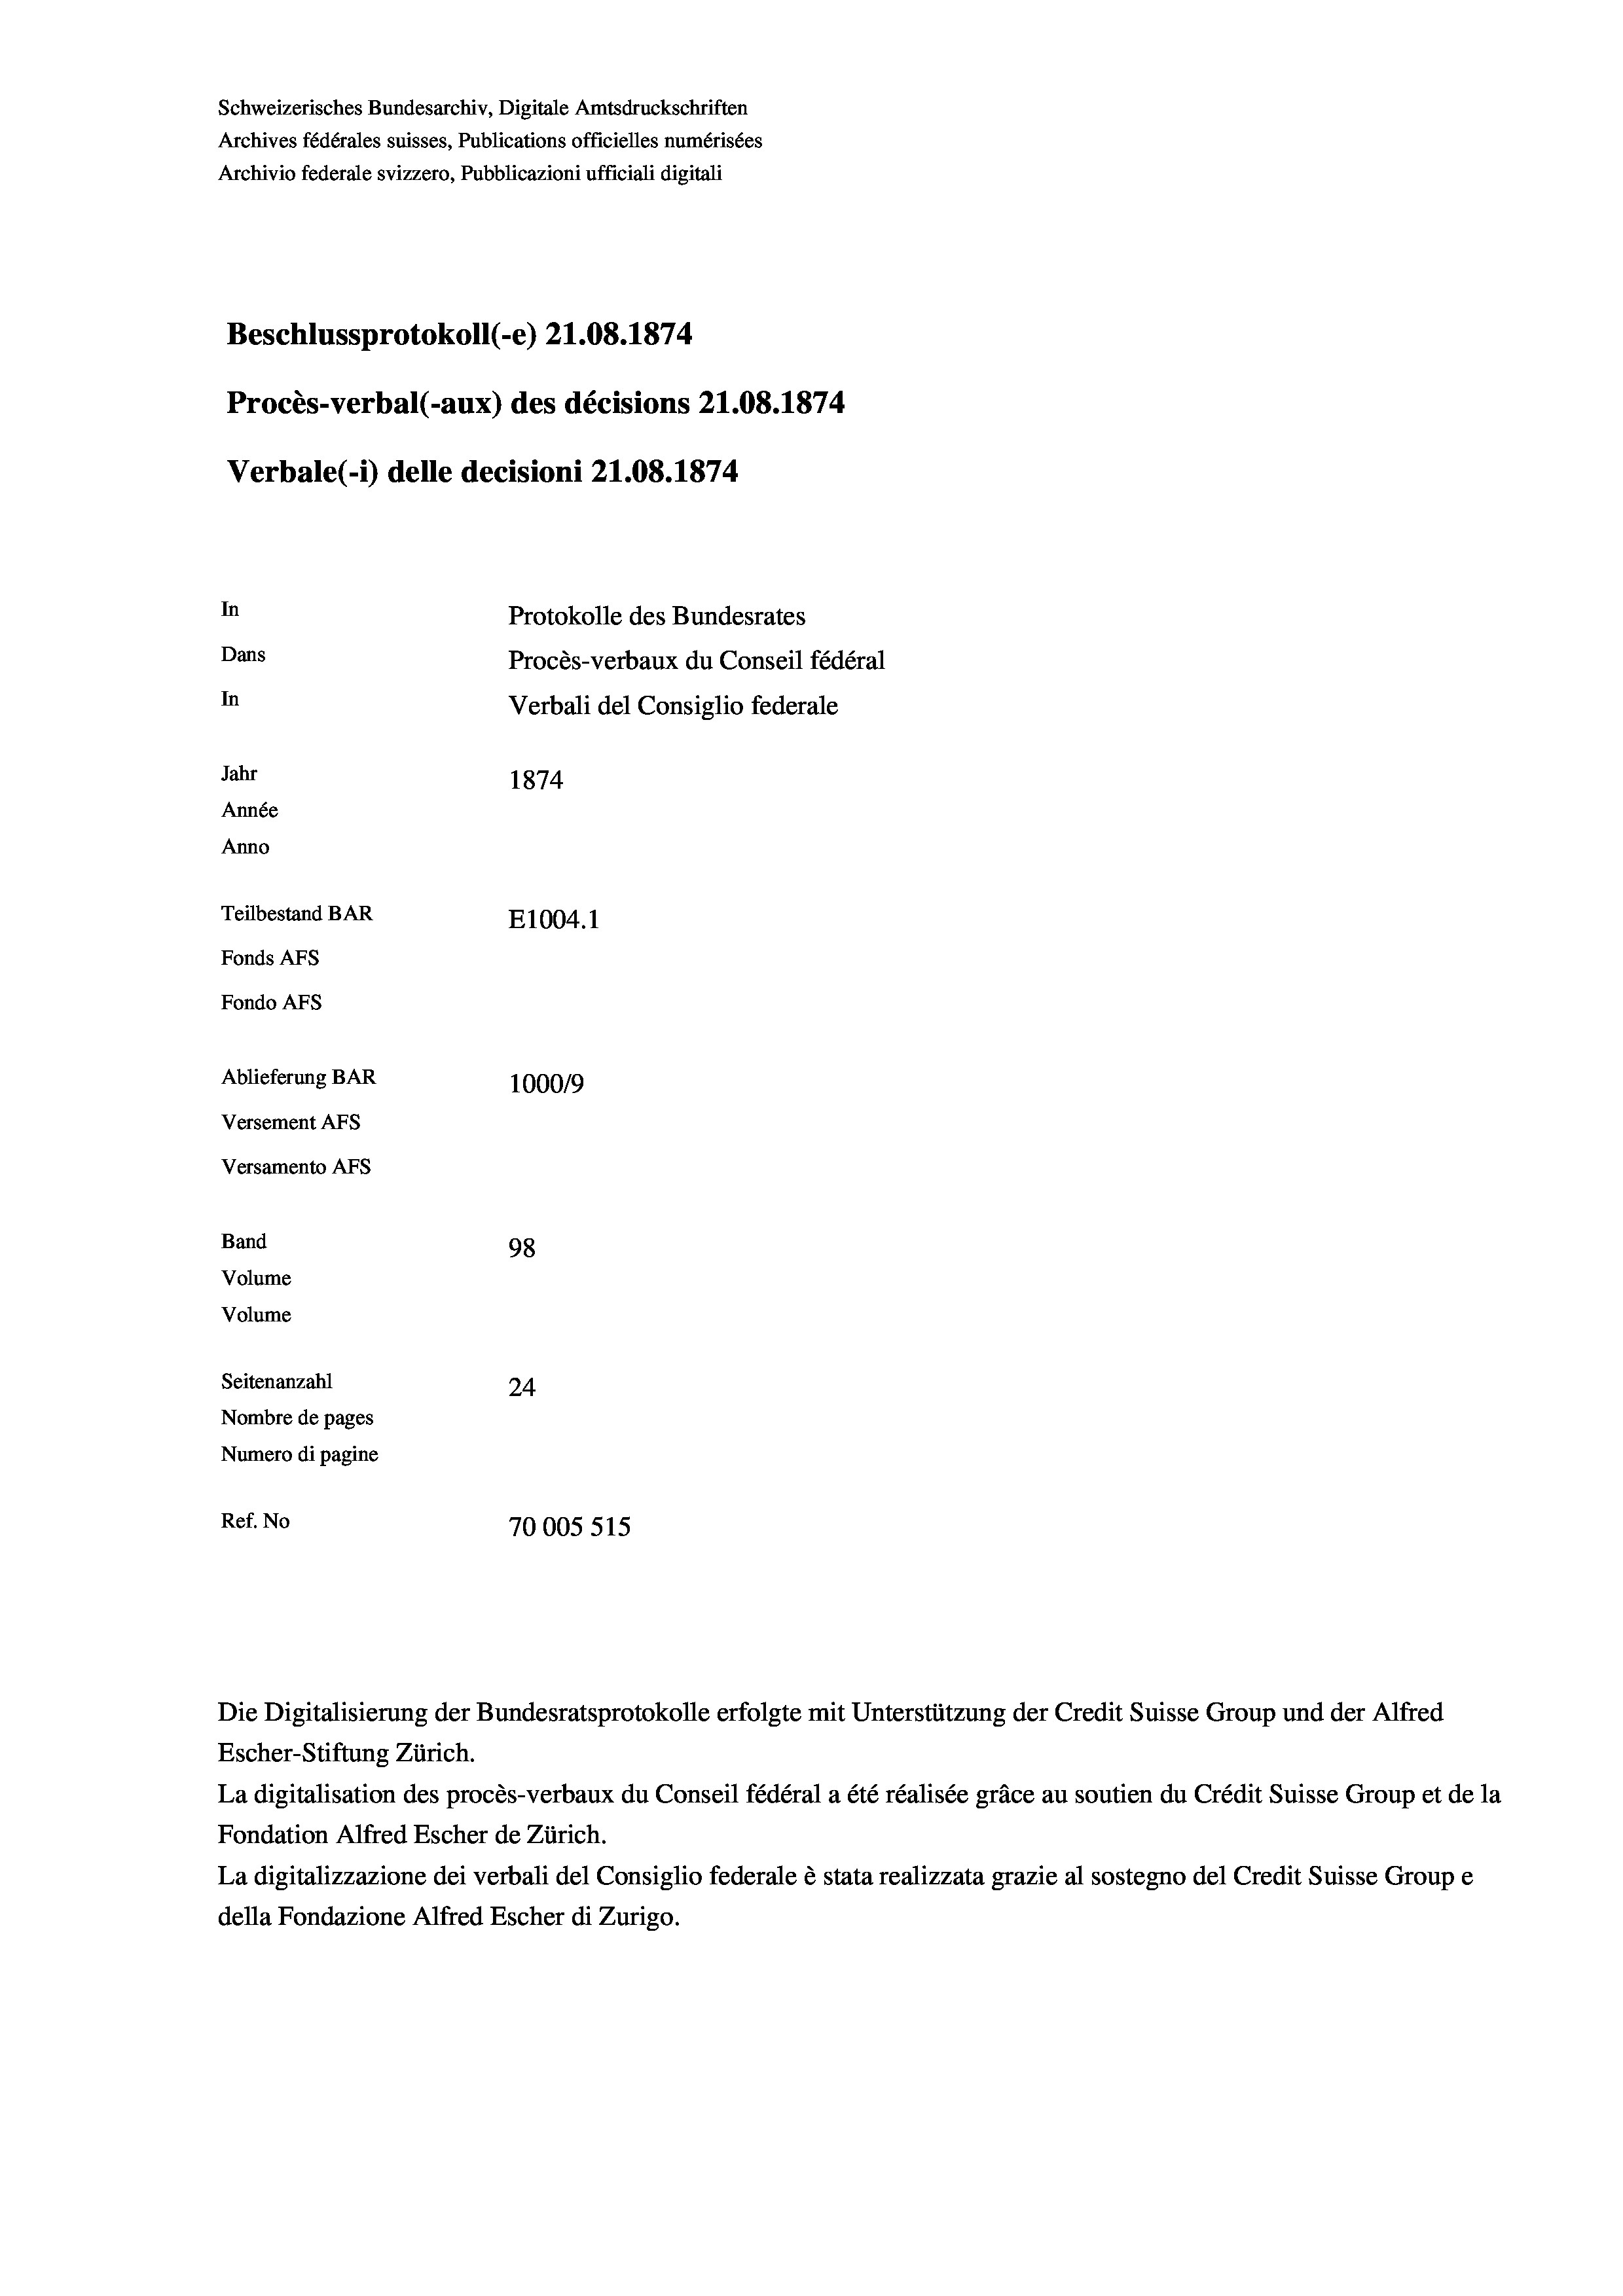
Schweizerisches Bundesarchiv, Digitale Amtsdruckschriften
Archives fédérales suisses, Publications officielles numérisées
Archivio federale svizzero, Pubblicazioni ufficiali digitali
Beschlussprotokoll (-e) 21.08. 1874
Procès-verbal (-aux) des décisions 21.08. 1874
Verbale(-*) delle decisioni 21.08. 1874
In
Protokolle des Bundesrates
Dans
Procès-verbaux du Conseil fédéral
In
Jahr
1874
Année
Anno
Teilbestand BAR
E1004. 1
Fonds Afs
Fondo AFs
Ablieferung BAR
100019
Versement Abs
Versamento AFs
Band
98
Volume
Volume
Seitenanzahl
24
Nombre de pages
Numero di pagine
Ref. No
70005 515

Verbali del Consiglio federale

Die Digitalisierung der Bundesratsprotokolle erfolgte mit Unterstützung der Credit Suisse Group und der Alfred
Escher-Stiftung Zürich.
La digitalisation des procès-verbaux du Conseil fédéral a été réalisée gräce au soutien du Crédit Suisse Group et de la
Fondation Alfred Escher de Zürich.
La digitalizzazione dei verbali del Consiglio federale è stata realizzata grazie al sostegno del Credit Suisse Groupe
della Fondazione Alfred Escher di Zurigo.